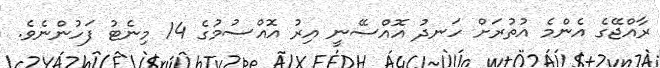
ރާއްޖޭގެ އެންމެ އުތުރަށް ހަނދު އޮއްސޭނީ އިރު އޮއްސުމުގެ 14 މިނެޓު ފަހުންނެވެ.